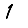
Digit: 1